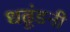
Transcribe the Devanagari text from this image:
धढूंडनी